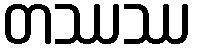
တဿဿ